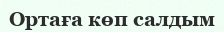
Ортаға көп салдым